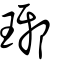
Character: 琊